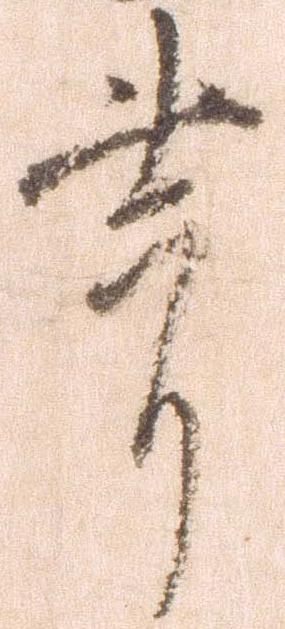
節